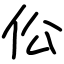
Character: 伀